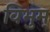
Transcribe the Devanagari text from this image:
विभुम्‌